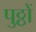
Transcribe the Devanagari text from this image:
पुठ्ठों